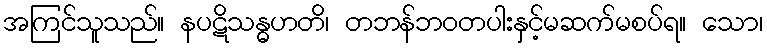
အကြင်သူသည်။ နပဋိသန္ဓဟတိ၊ တဘန်ဘဝတပါးနှင့်မဆက်မစပ်ရ။ သော၊